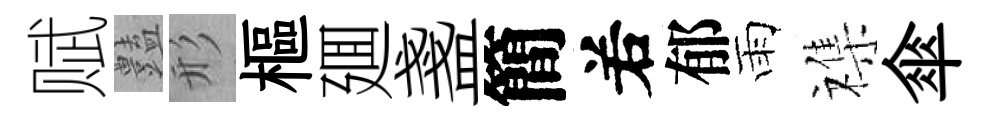
赋𧰟形樞廽盞簡𠰥郁雨襍傘